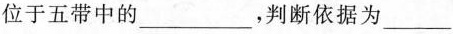
位于五带中的___，判断依据为___